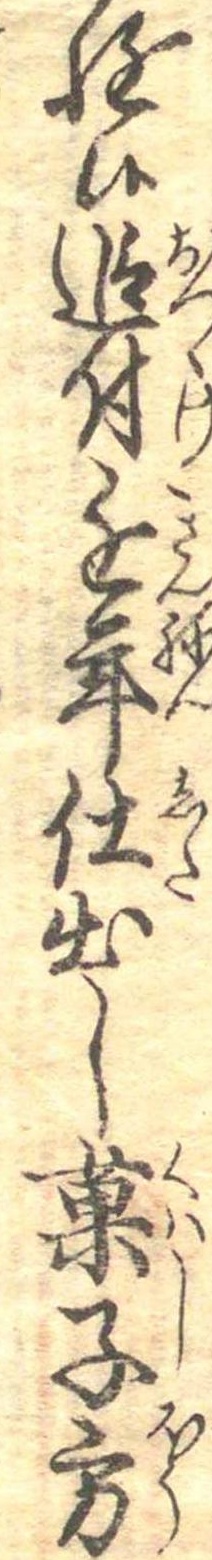
遊候追付近年仕出し菓子方